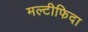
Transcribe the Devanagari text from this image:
मल्टीफिदा